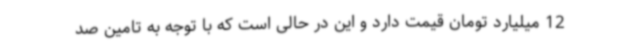
12 میلیارد تومان قیمت دارد و این در حالی است که با توجه به تامین صد